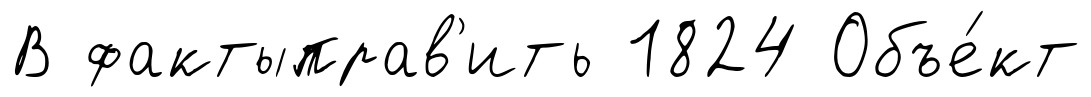
В фактыправ'ить 1824 Объе́кт